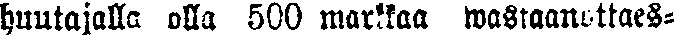
huutajalla olla 500 markkaa wastaanottaes-